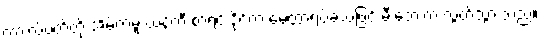
ကားလ်ဗတ်တို့ အိမ်ကမူ ယန်ကီ စာရင်းဒိုင်က မေတ္တာရပ်ခံသဖြင့် မီးဘေးက လွတ်သွားသည်။